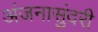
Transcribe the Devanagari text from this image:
अंजनासुंदरी